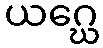
ယဂ္ဃေ